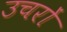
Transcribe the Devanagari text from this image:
उचरों